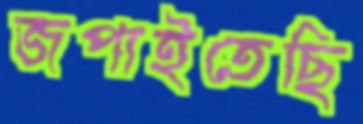
জপাইতেছি